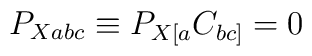
P_{Xabc}\equiv P_{X[a}C_{bc]}=0